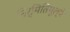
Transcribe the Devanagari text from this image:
निर्मितिमूल्ये